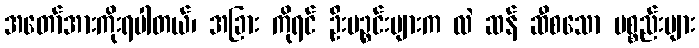
အတော်အားကိုးရပါတယ်၊ အခြား ကိုရင် ဦးပဉ္စင်းများက လဲ ဆန် ဆီစသော ပစ္စည်းများ